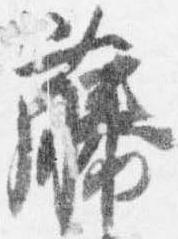
藤